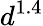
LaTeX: d^{1.4}